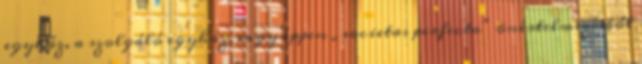
egyház, a szolgáló egyház, vagy éppen „societas perfecta” önértelmezésből